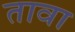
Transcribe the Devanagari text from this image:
तावा